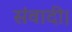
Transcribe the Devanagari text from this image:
संवादी।